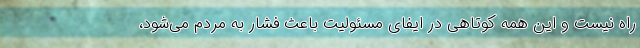
راه نیست و این همه کوتاهی در ایفای مسئولیت باعث فشار به مردم می‌شود،